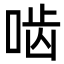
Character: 啮